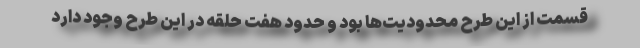
قسمت از این طرح محدودیت‌ها بود و حدود هفت حلقه در این طرح وجود دارد